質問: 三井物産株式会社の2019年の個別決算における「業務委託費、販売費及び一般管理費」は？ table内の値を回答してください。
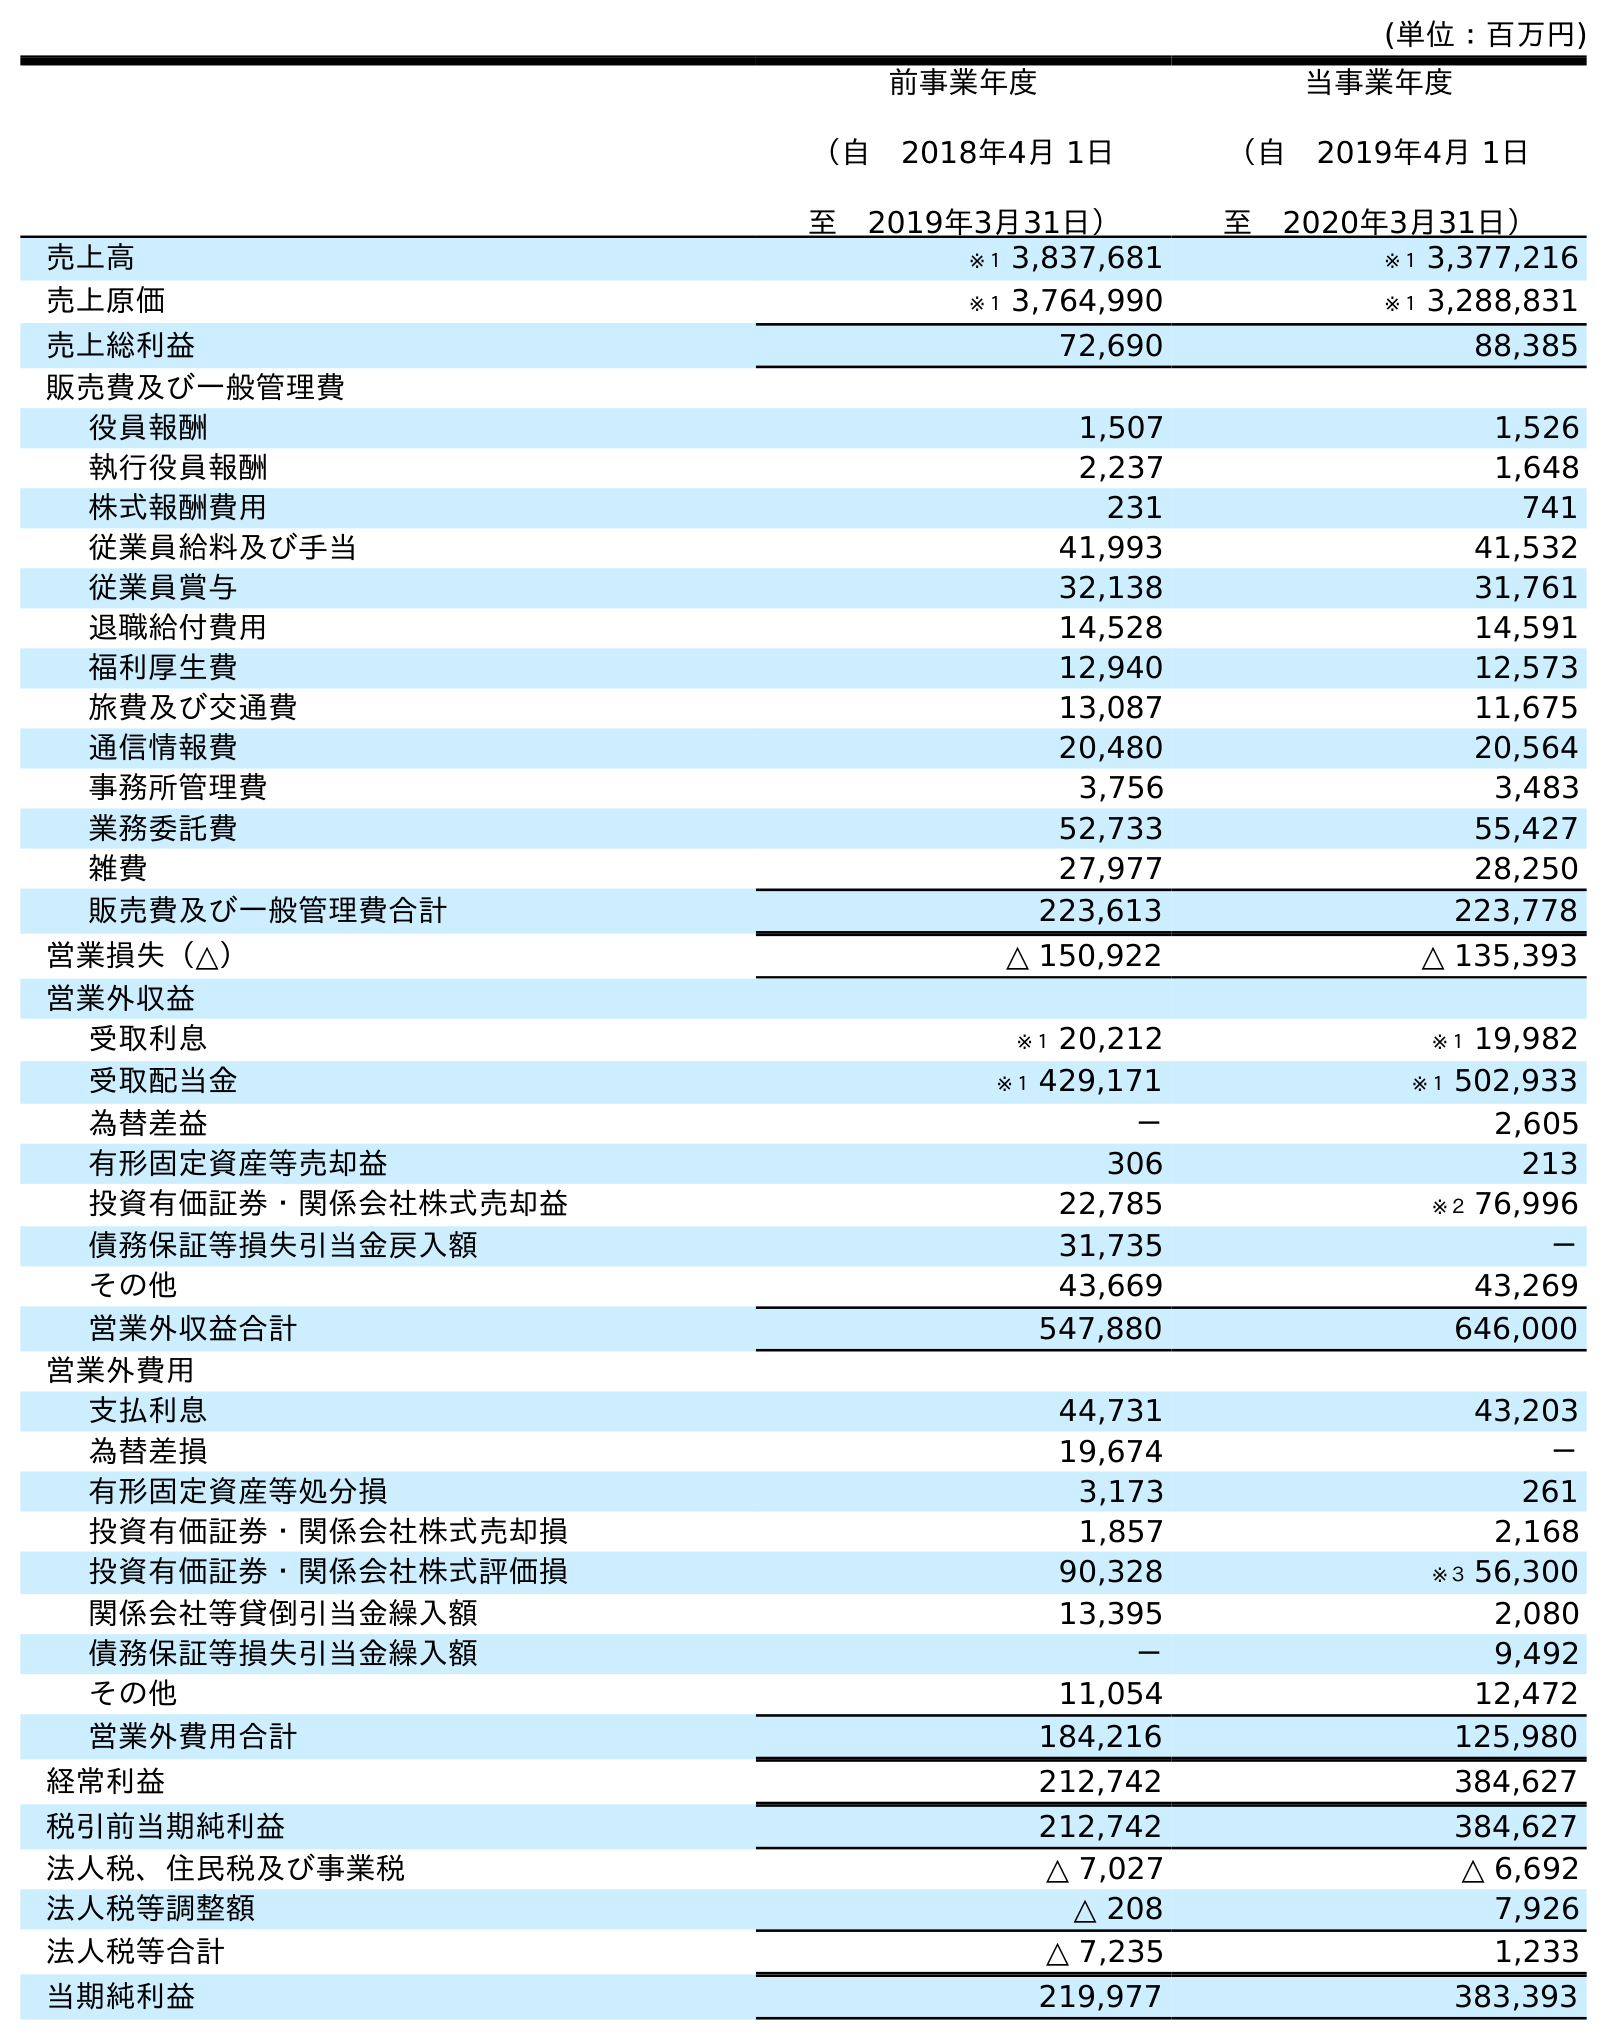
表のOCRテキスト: (単位：百万円) 前事業年度 （自 2018年4月 1日 至 2019年3月31日） 当事業年度 （自 2019年4月 1日 至 2020年3月31日） 売上高 ※１ 3,837,681 ※１ 3,377,216 売上原価 ※１ 3,764,990 ※１ 3,288,831 売上総利益 72,690 88,385 販売費及び一般管理費 役員報酬 1,507 1,526 執行役員報酬 2,237 1,648 株式報酬費用 231 741 従業員給料及び手当 41,993 41,532 従業員賞与 32,138 31,761 退職給付費用 14,528 14,591 福利厚生費 12,940 12,573 旅費及び交通費 13,087 11,675 通信情報費 20,480 20,564 事務所管理費 3,756 3,483 業務委託費 52,733 55,427 雑費 27,977 28,250 販売費及び一般管理費合計 223,613 223,778 営業損失（△） △ 150,922 △ 135,393 営業外収益 受取利息 ※１ 20,212 ※１ 19,982 受取配当金 ※１ 429,171 ※１ 502,933 為替差益 － 2,605 有形固定資産等売却益 306 213 投資有価証券・関係会社株式売却益 22,785 ※２ 76,996 債務保証等損失引当金戻入額 31,735 － その他 43,669 43,269 営業外収益合計 547,880 646,000 営業外費用 支払利息 44,731 43,203 為替差損 19,674 － 有形固定資産等処分損 3,173 261 投資有価証券・関係会社株式売却損 1,857 2,168 投資有価証券・関係会社株式評価損 90,328 ※３ 56,300 関係会社等貸倒引当金繰入額 13,395 2,080 債務保証等損失引当金繰入額 － 9,492 その他 11,054 12,472 営業外費用合計 184,216 125,980 経常利益 212,742 384,627 税引前当期純利益 212,742 384,627 法人税、住民税及び事業税 △ 7,027 △ 6,692 法人税等調整額 △ 208 7,926 法人税等合計 △ 7,235 1,233 当期純利益 219,977 383,393
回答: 52,733